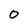
Character: 0